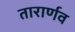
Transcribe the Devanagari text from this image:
तारार्णव